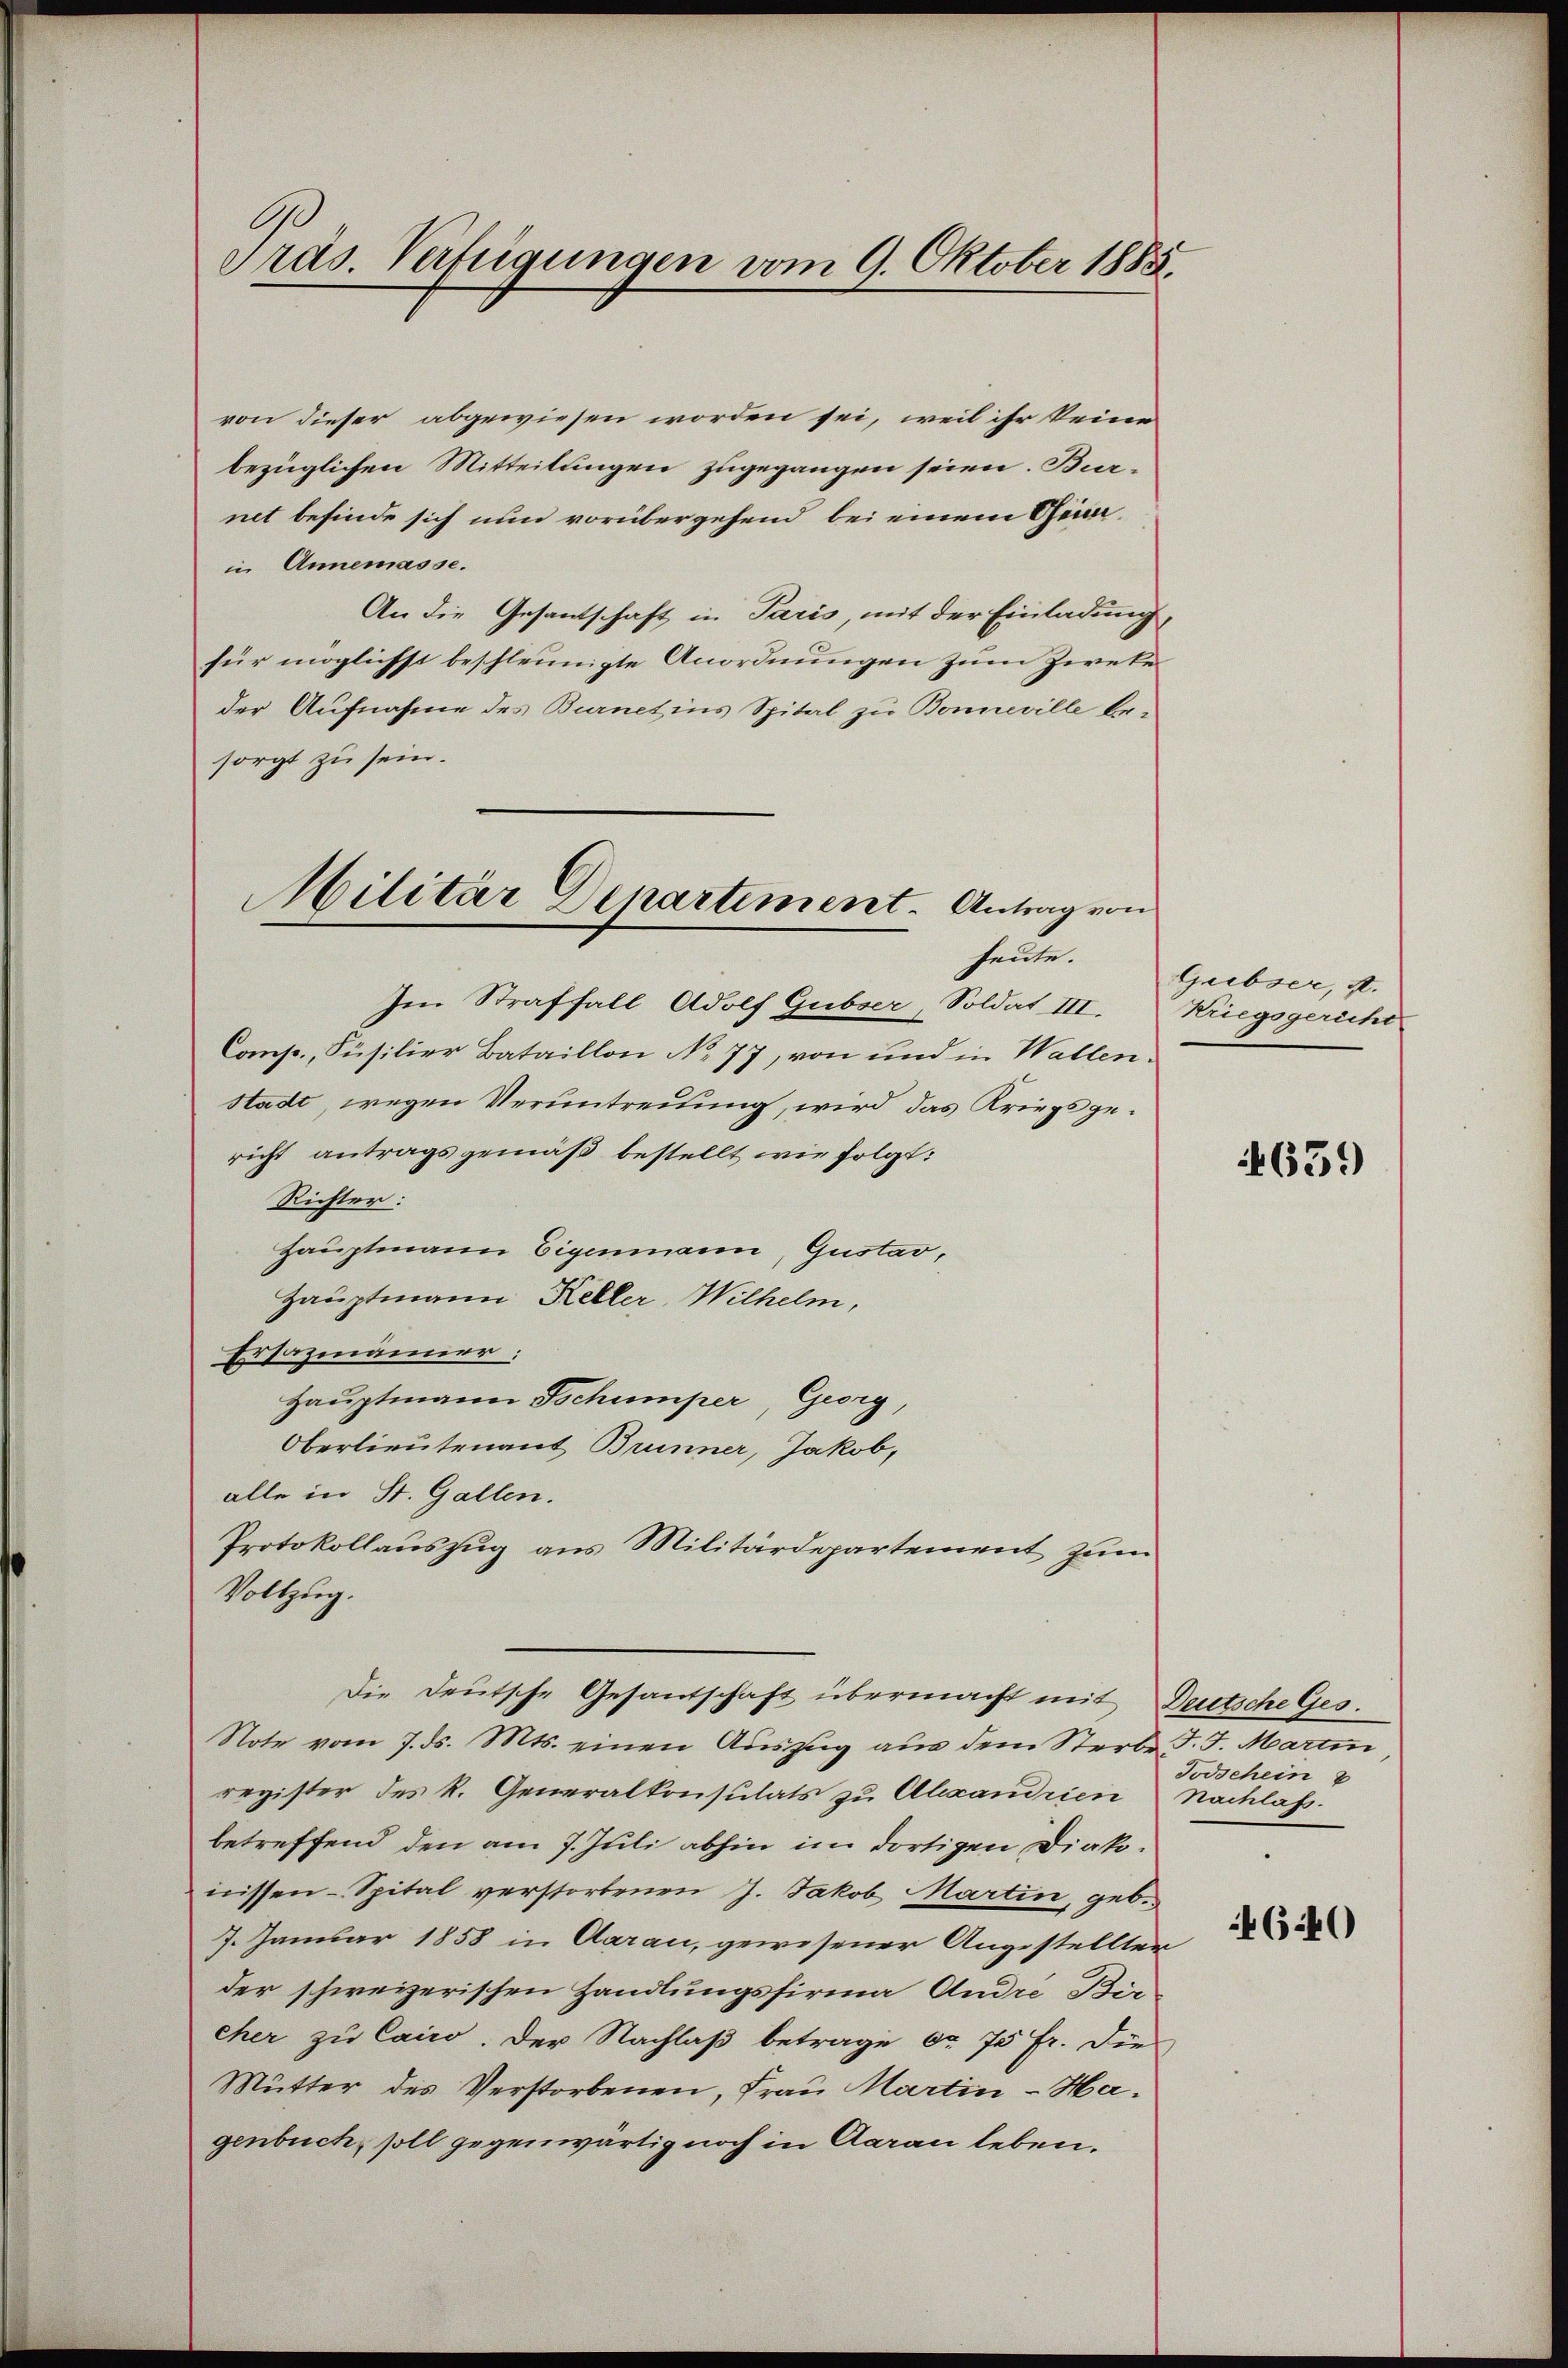
A
Präs. Verfügungen vom 9. Oktober 1885.

von dieser abgewiesen worden sei, weil ihr keine
bezüglichen Mitteilungen zugegangen seien. Burnet befinde sich nun vorübergehend bei einem Gimin Annemasse.
An die Gesantschaft in Paris, mit der Einladung,
für möglichst beschleunigte Anordnungen zum Zweke
der Aufnahme des Burnet ins Spital zu Bonneville besorgt zu sein.
Militär Departiment. Antrag von

heute.

Im Straffall, Adolf Gubser, Soldat III.
Comp., Füsilier Bataillon No 77, von und in Wallen¬
Stadt, wegen Veruntreuung, wird das Kriegsgericht antragsgemäß bestellt wie folgt:
Richter:
Hauptmann Eigenmann, Gustav,
Hauptmann Keller, Wilhelm,
Ersazmänner:
Hauptmann Tschumper, Georg,
Oberlieutenant Brunner, Jakob,
alle in St. Gallen.
Protokollauszug aus Militärdepartement zum
Vollzug.
Die Deutsche Gesantschaft übermacht mit Deutsche Ges.
Note vom 7. ds. Mts. einen Auszug aus dem Sterbe J. J. Marti,
register des R. Generalkonsulats zu Alexandrien
betreffend den am 7. Juli abhin im dortigen Diakonissen-Spital verstorbenen J. Jakob Martin, geb.
7. Januar 1858 in Aarau, gewesener Angestellten
der schweizerischen Handlungsfirma André Bir
cher zu Cairo. Der Nachlaß betrage dr. 75 Fr. die
Mutter des Verstorbenen, Frau Martin - Hagenbuch, soll gegenwärtig noch in Aarau leben.

Grebser, A.
Kriegsgericht

4639

Todschein
Nachlass.

4640